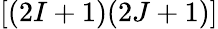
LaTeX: \left[(2I+1)(2J+1)\right]